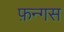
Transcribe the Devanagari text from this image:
फ़न्गस